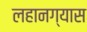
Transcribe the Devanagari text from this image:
लहानग्यास